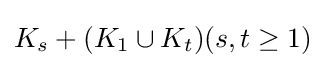
K_{s}+(K_{1}\cup K_{t})(s,t\geq 1)